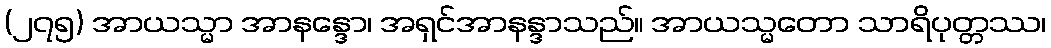
(၂၇၅) အာယသ္မာ အာနန္ဒော၊ အရှင်အာနန္ဒာသည်။ အာယသ္မတော သာရိပုတ္တဿ၊